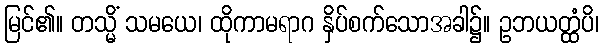
မြင်၏။ တသ္မိံ သမယေ၊ ထိုကာမရာဂ နှိပ်စက်သောအခါ၌။ ဥဘယတ္ထံပိ၊